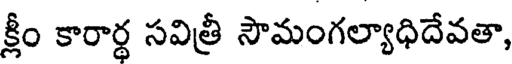
క్లీం కారార్థ సవిత్రీ సౌమంగల్యాధిదేవతా,